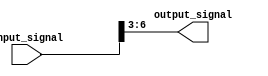
module part_select_assign_statement (
    input [7:0] input_signal,
    output reg [3:0] output_signal
);

always @(*) begin
    output_signal = input_signal[6:3]; // Assign bits 6 to 3 from input_signal to output_signal
end

endmodule